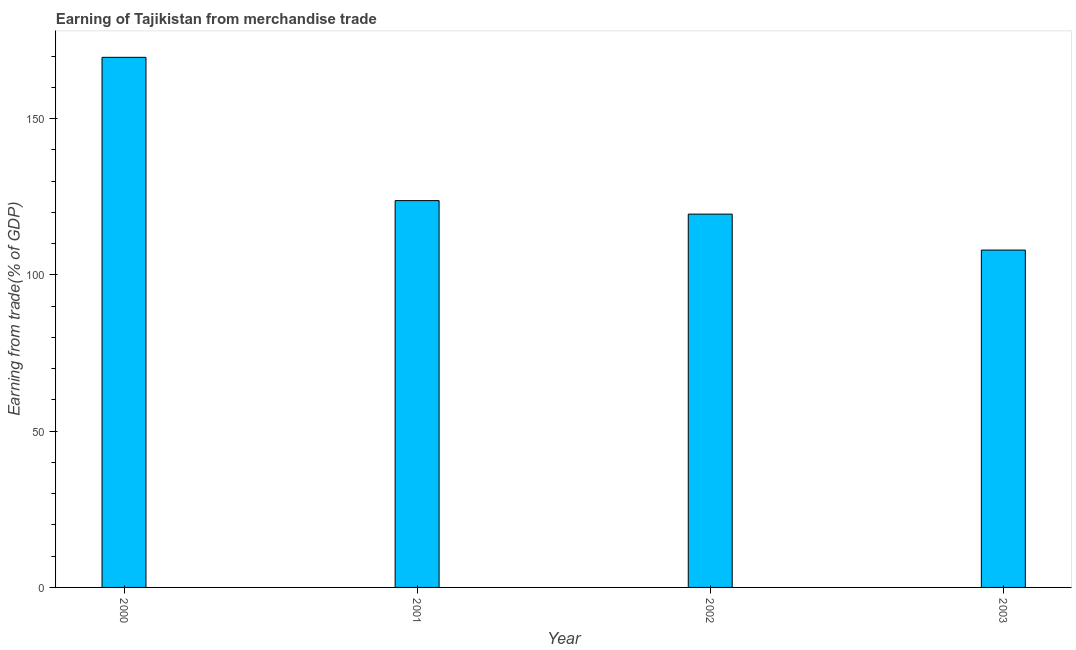
| Year | Merchandise trade |
 | --- | --- |
 | 2000 | 170 |
 | 2001 | 124 |
 | 2002 | 119 |
 | 2003 | 108 |